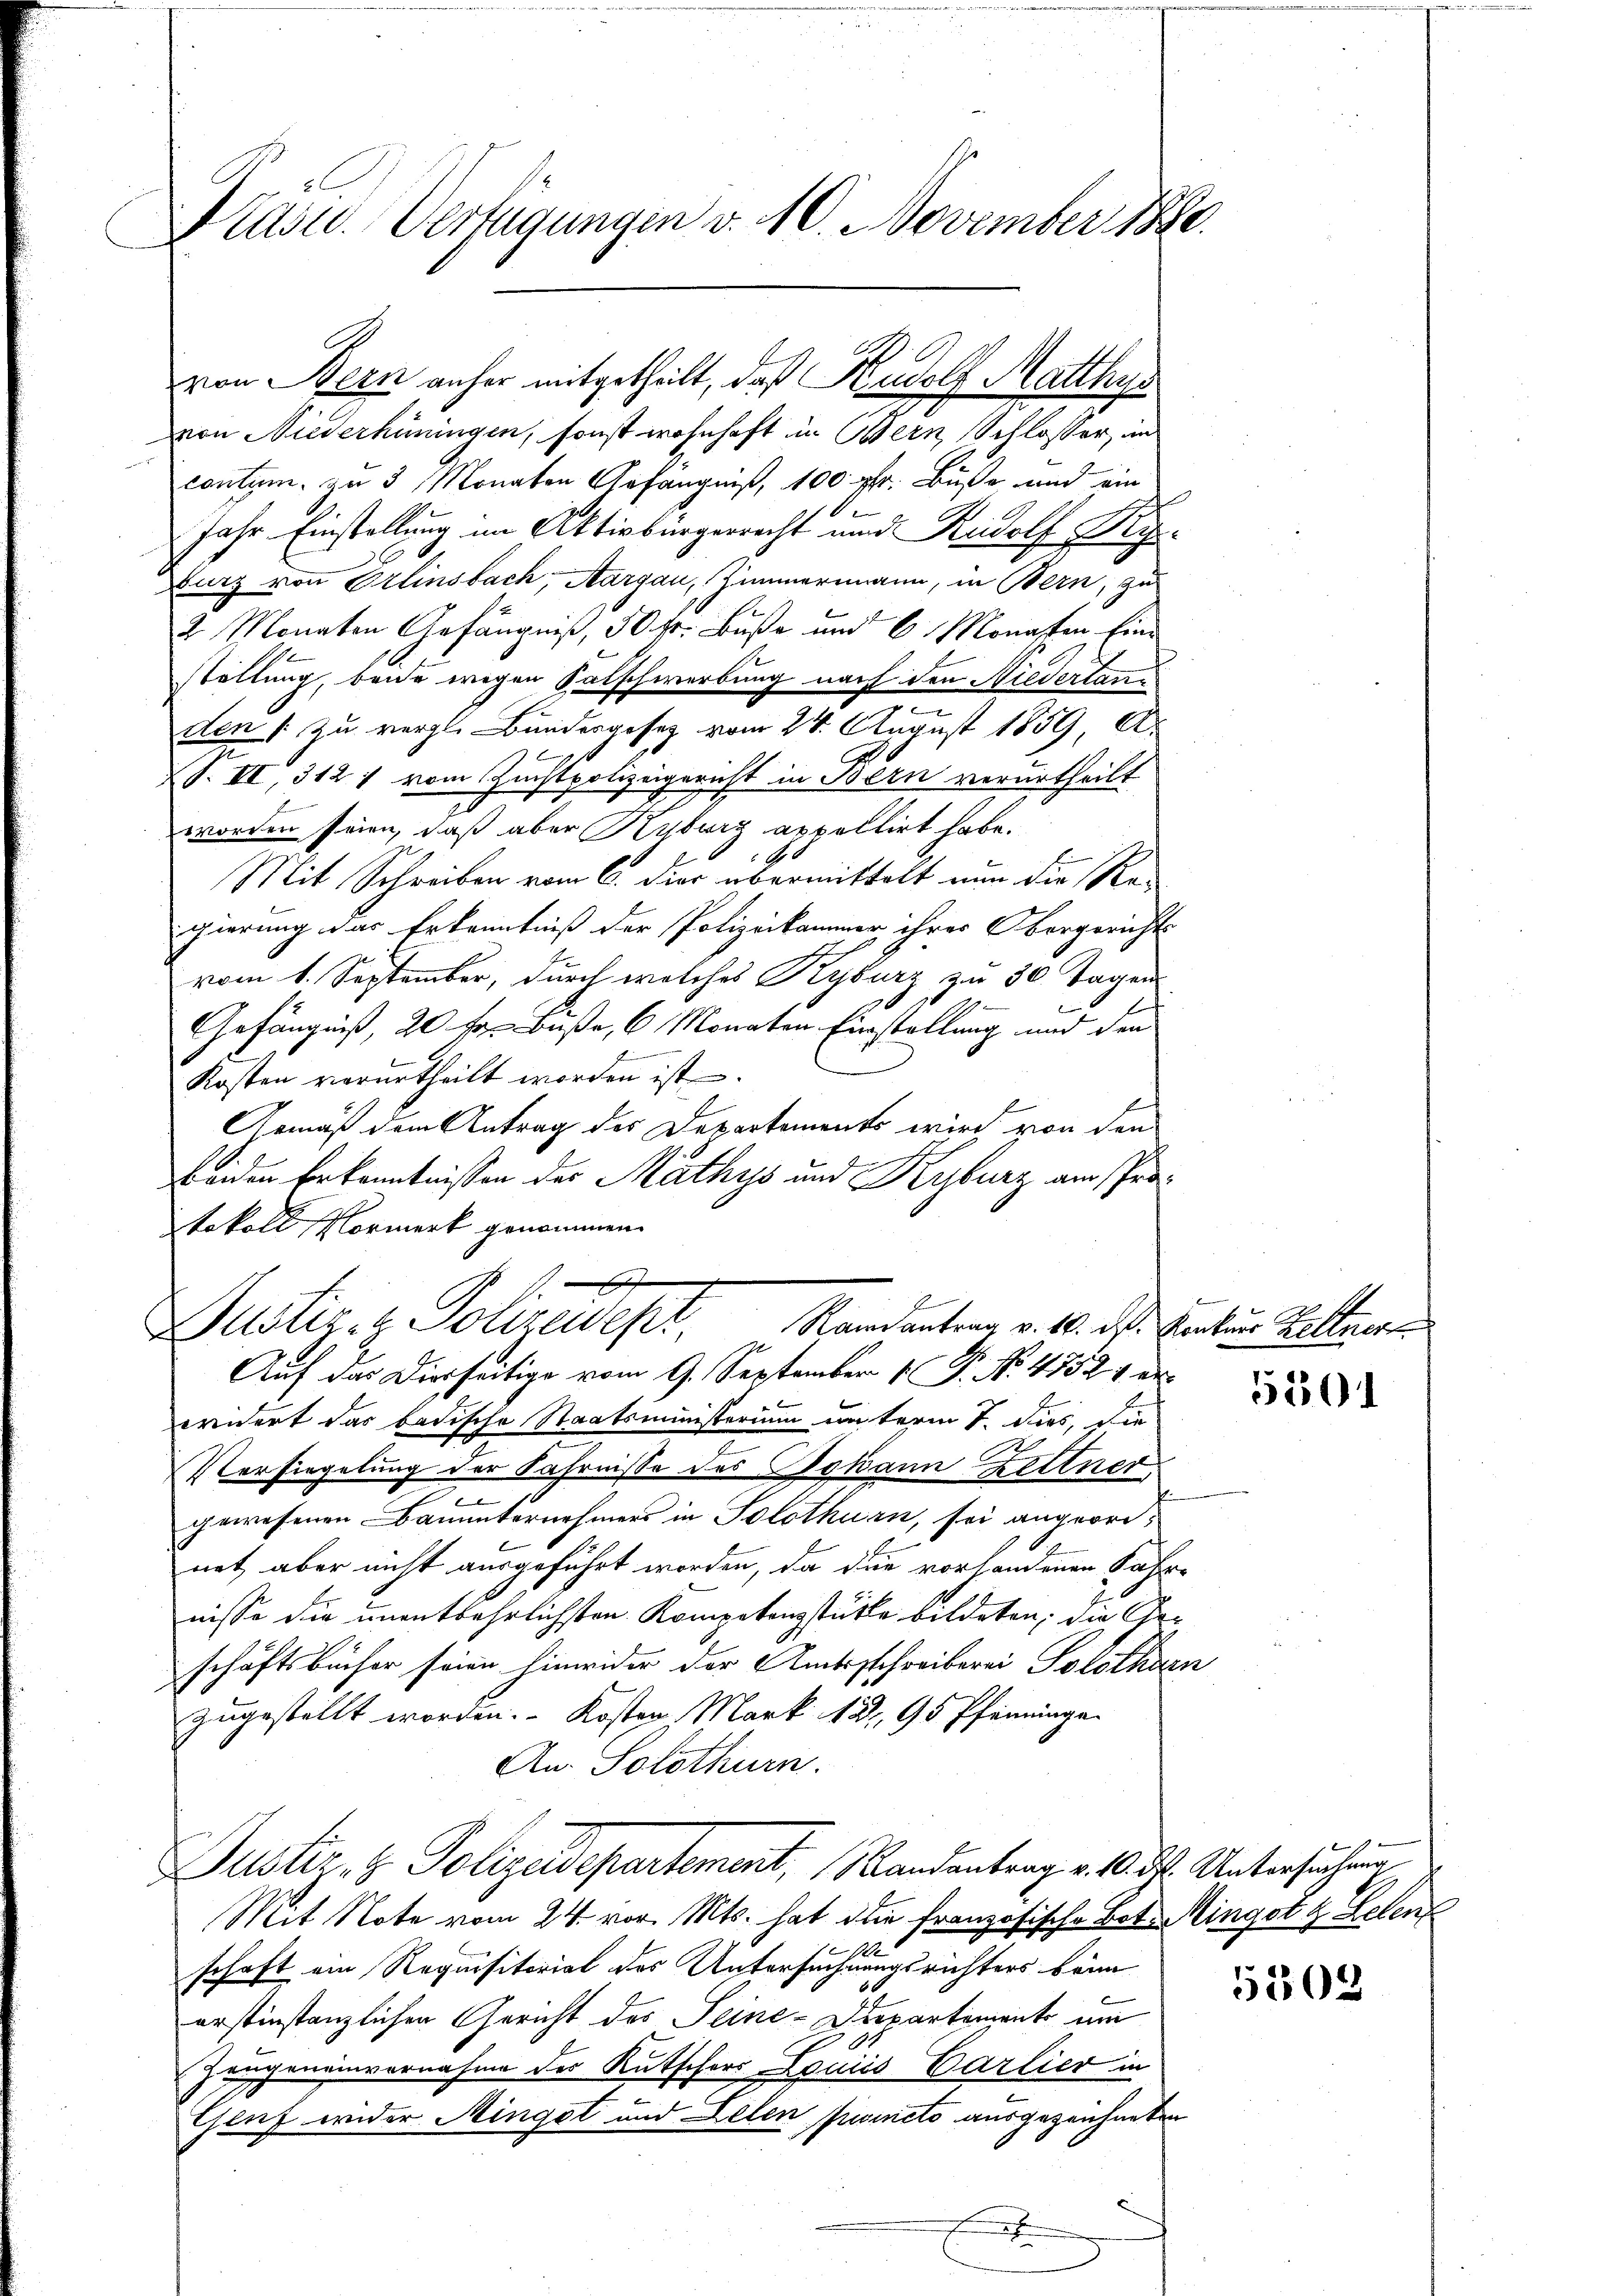
Präsid. Verfügungen v. 10. November 1880.

von Niederhüningen, sonst wohnhaft in Bern, Schlosser, un
contum zu 3 Monaten Gefängniß, 100 ptr. Buße und ein
Jahr Einstellung im Aktivbürgerrecht und Rudolf Piy¬
Burz von Örlinsbach, Aargau, Zimmermann, in Bern, zu
2 Monaten Gefängniß, 50 fr. Buße und 6 Monaten Einstöllung, beide wegen Salschwerbung nach den Niedertanden /: zu vergl. Bundesgesez vom 24. August 1859, A.
S. VI, 312 : vom Zuchtpolizeigericht in Bern verurtheilt
worden seien, daß aber Kyburg appellirt habe.
5
Mit Schreiben vom 6. die übermittelt nun die Re-
gierung das Erkenntniß der Polizeikammer ihrer Obergerichts
vom 1. September, durch welches Kyburg zu 30 Tagen
30
Gefängniß, 20 fr. Buße, 6 Monaten Einstellung und den
Kosten verurtheilt worden ist.
Armäß dem Antrag des Departements wird von den
beiden Erkenntnissen der Mathys und Kyburz am Protokoll Vormerk genommen.
Justiz- & Polizeidept. Mandanten v. M. das Enter Ritter
Auf das Dieseitige vom 9. September P. No. 47521 er
widert das badische Staatsministerium unterm 7. dies, die
Versiegelung der Fahrnisse des Johann Zeltner
gewesenen Bauunternehmers in Solothurn, sei angeordnet, aber nicht ausgeführt worden, da die vorhandenen Fahr-
nisse die unentbehrlichsten Kompetensstücke bildeten, die Geschäftsbücher seien hinwider der Amtsschreiberei Solothurn
zugestellt worden. Kosten Mark 181, 95 Pfenninge
An Solothurn.
Justiz- & Polizeidepartement, Mandantrag v. 10. d. Untersuchung
Mit Note vom 24. vor. Mts. hat die französische Bot. Mingotz Gelenz
e
schaft ein Requisitorial des Untersuchnungsrichters beim
erstinstanzlichen Gericht des Seine-Departemente um
Zeugeneinvernahme des Kutschers Louis Carlier in
Genf wider Minget und Lelen fruicto ausgezeichneten
x

von Bern anher mitgetheilt, daß Rudolf Matthys

5201

5302